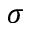
\sigma